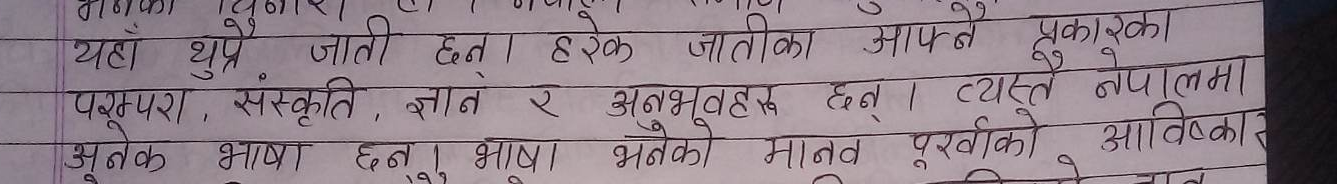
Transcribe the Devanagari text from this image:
यहाँ थुप्रै जाती छन्। हरेक जातीका आफ्नै प्रकारका
परम्परा, संस्कृति, ज्ञान र अनुभवहरू छन्। व्यस्त नेपालमा
अनेक भाषा छन्। भाषा भनेको मानव पूर्वको आविष्कार